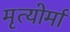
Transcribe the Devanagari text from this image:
मृत्योर्मा